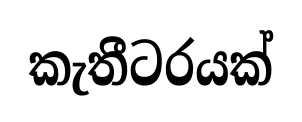
කැතීටරයක්